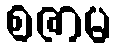
စဇာမ